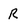
Character: R